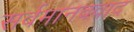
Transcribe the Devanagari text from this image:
सर्वमानववाद